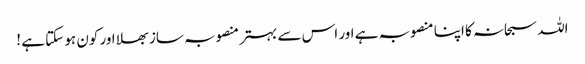
اللہ سبحانہ کا اپنا منصوبہ ہے اور اس سے بہتر منصوبہ ساز بھلا اور کون ہو سکتا ہے !